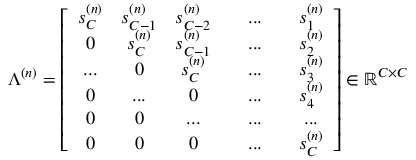
\Lambda ^ { ( n ) } = \left[ \begin{array} { c c c c c c c } { s _ { C } ^ { ( n ) } } & { s _ { C - 1 } ^ { ( n ) } } & { s _ { C - 2 } ^ { ( n ) } } & & { . . . } & & { s _ { 1 } ^ { ( n ) } } \\ { 0 } & { s _ { C } ^ { ( n ) } } & { s _ { C - 1 } ^ { ( n ) } } & & { . . . } & & { s _ { 2 } ^ { ( n ) } } \\ { . . . } & { 0 } & { s _ { C } ^ { ( n ) } } & & { . . . } & & { s _ { 3 } ^ { ( n ) } } \\ { 0 } & { . . . } & { 0 } & & { . . . } & & { s _ { 4 } ^ { ( n ) } } \\ { 0 } & { 0 } & { . . . } & & { . . . } & & { . . . } \\ { 0 } & { 0 } & { 0 } & & { . . . } & & { s _ { C } ^ { ( n ) } } \end{array} \right] \in \mathbb { R } ^ { C \times C }